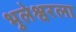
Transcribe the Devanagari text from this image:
भुलेश्वरला